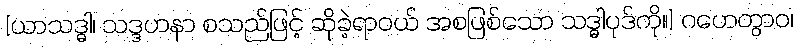
[ယာသဒ္ဓါ၊ သဒ္ဒဟနာ စသည်ဖြင့် ဆိုခဲ့ရာဝယ် အစဖြစ်သော သဒ္ဓါပုဒ်ကို။] ဂဟေတွာဝ၊